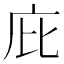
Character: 庇